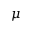
\mu